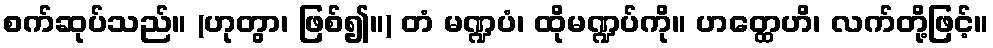
စက်ဆုပ်သည်။ (ဟုတွာ၊ ဖြစ်၍။) တံ မဏ္ဍပံ၊ ထိုမဏ္ဍပ်ကို။ ဟတ္ထေဟိ၊ လက်တို့ဖြင့်။